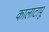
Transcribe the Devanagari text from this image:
कालाटापू